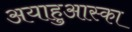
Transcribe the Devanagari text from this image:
अयाहुआस्का